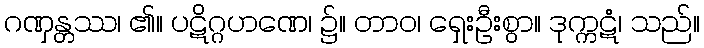
ဂဏှန္တဿ၊ ၏။ ပဋိဂ္ဂဟဏေ၊ ၌။ တာဝ၊ ရှေးဦးစွာ။ ဒုက္ကဋံ၊ သည်။